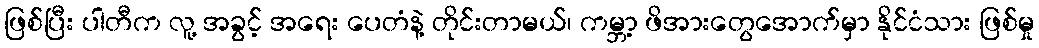
ဖြစ်ပြီး ပါတီက လူ့ အခွင့် အရေး ပေတံနဲ့ တိုင်းတာမယ်၊ ကမ္ဘာ့ ဖိအားတွေအောက်မှာ နိုင်ငံသား ဖြစ်မှု